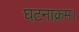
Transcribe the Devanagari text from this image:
घटनाक्रम।